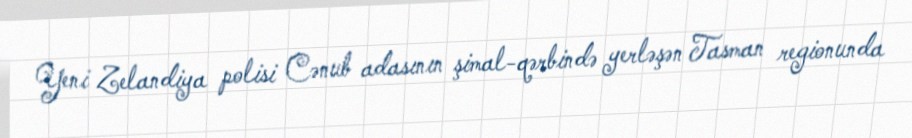
Yeni Zelandiya polisi Cənub adasının şimal-qərbində yerləşən Tasman regionunda